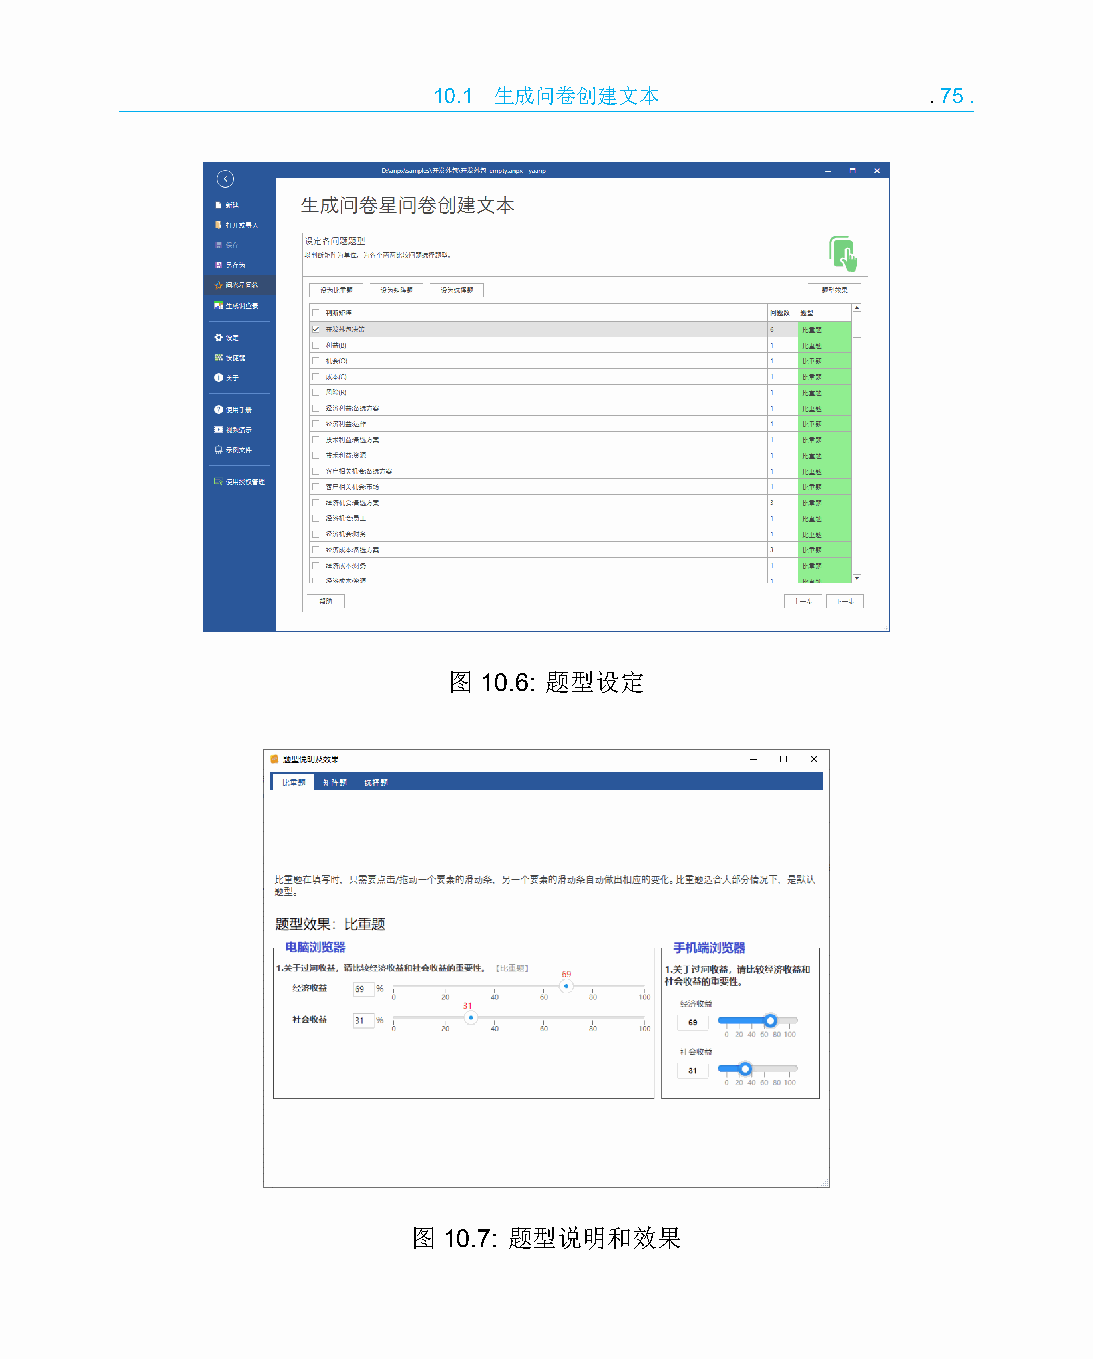
10.1 生成问卷创建文本                   .75.
 图 10.6: 题型设定
 图 10.7: 题型说明和效果